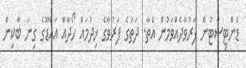
ޑެންޓިސްޓުން ފަރުވާދެއްވަމުން އެތާ. ދަތުގެ ފަރުވާގެ ޚިދުމައް ހޯދާއް އައްޑޫގެ ގިނަ ބާކިން